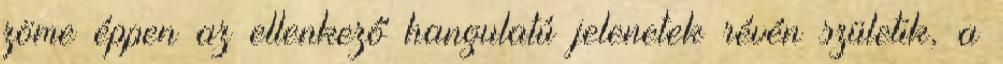
zöme éppen az ellenkező hangulatú jelenetek révén születik, a